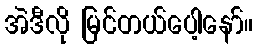
အဲဒီလို မြင်တယ်ပေါ့နော်။